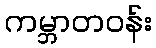
ကမ္ဘာတဝန်း